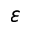
\varepsilon